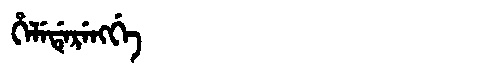
Manchu: ᡥᡝᠯᡝᡩᡝᡵᡝᠩᡤᡝ
Romanization: HELEDERENGGE